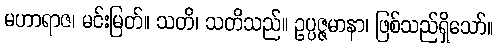
မဟာရာဇ၊ မင်းမြတ်။ သတိ၊ သတိသည်။ ဥပ္ပဇ္ဇမာနာ၊ ဖြစ်သည်ရှိသော်။